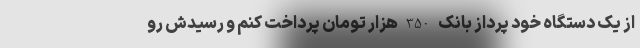
از یک دستگاه خود پرداز بانک 350 هزار تومان پرداخت کنم و رسیدش رو